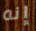
إنه